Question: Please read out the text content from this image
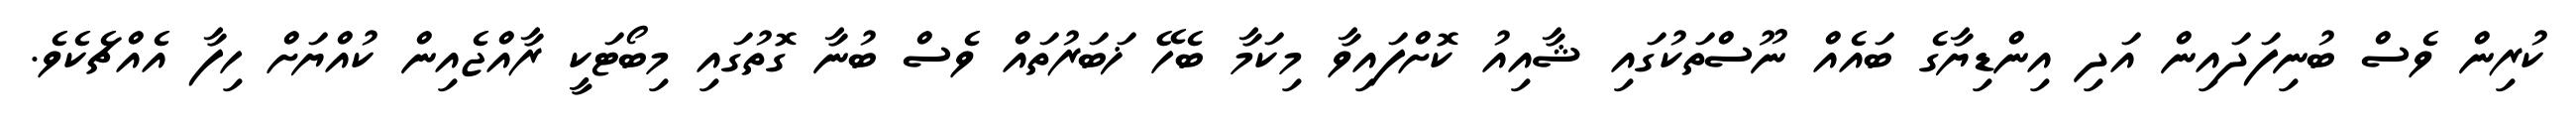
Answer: ކުރިން ވެސް ބުނިފަދައިން އަދި އިންޑިޔާގެ ބައެއް ނޫސްތަކުގައި ޝާއިއު ކޮށްފައިވާ މިކަމާ ބެހޭ ޚަބަރުތައް ވެސް ބުނާ ގޮތުގައި މިބޯޓަކީ ރާއްޖެއިން ކުއްޔަށް ހިފާ އެއްޗެކެވެ.